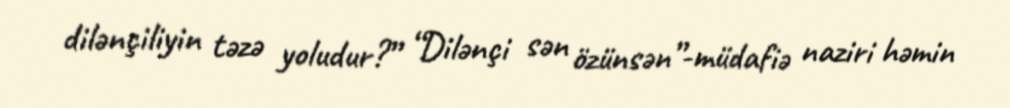
dilənçiliyin təzə yoludur?” “Dilənçi sən özünsən”-müdafiə naziri həmin